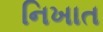
નિખાત